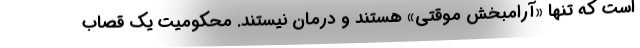
است که تنها «آرامبخش موقتی» هستند و درمان نیستند. محکومیت یک قصاب